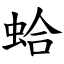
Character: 蛤